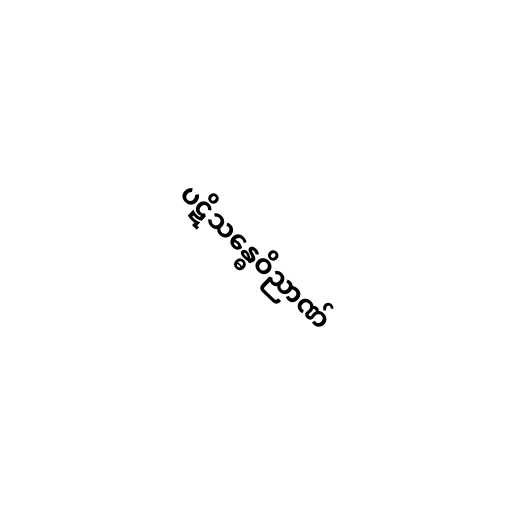
ပဋိသန္ဓေဝိညာဏ်